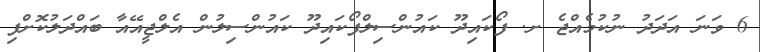
6 ވަނަ އަދަދު ނުކުމެއްޖެ ށ. ފޯކައިދޫ ކައުންސިލްފޯކައިދޫ ކައުންސިލުން އެލްޖީއޭއާ ބައްދަލުކޮށްފި